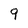
Character: 9